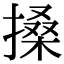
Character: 搡